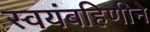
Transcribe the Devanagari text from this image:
स्वयंबहिणीने